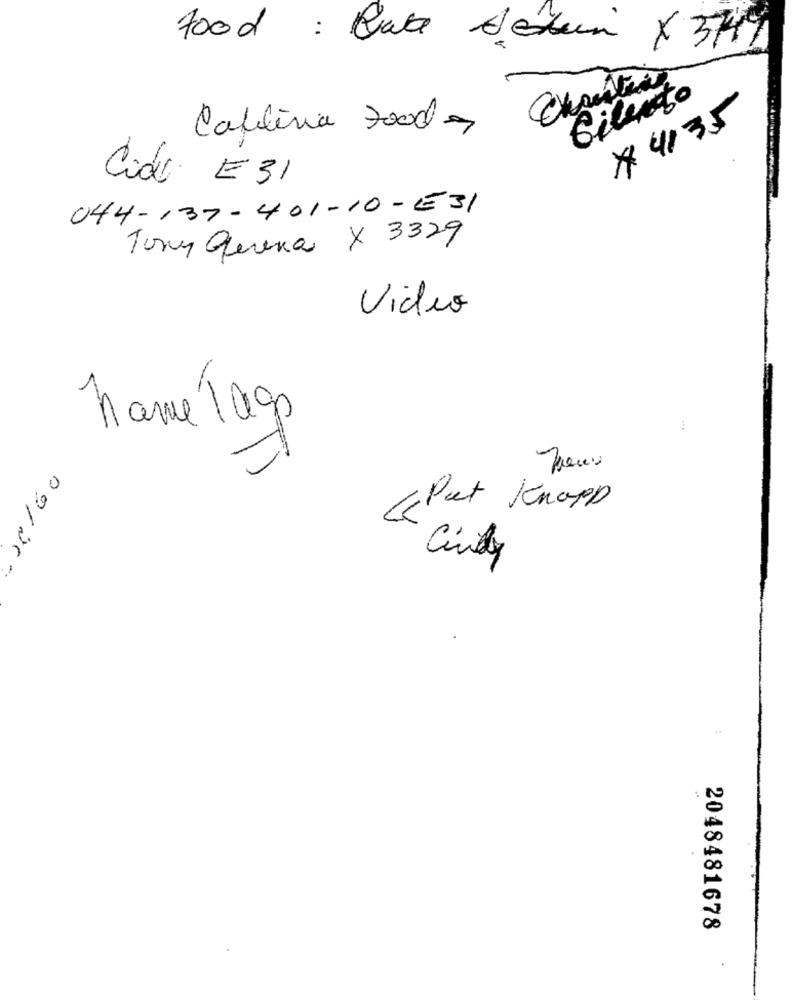
food : Rue detuin x 3741
bilento
# 4135
Cablinia foods
Cido E31
044-137-401-10 - E31
Tony guerra X 3329
Video
name Tags
:
(Put Knopp
Cindy
09/2c
..
2048481678
.